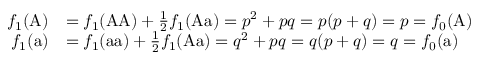
{ \begin{array} { r l } { f _ { 1 } ( { \mathrm { A } } ) } & { = f _ { 1 } ( { \mathrm { A A } } ) + { \frac { 1 } { 2 } } f _ { 1 } ( { \mathrm { A a } } ) = p ^ { 2 } + p q = p ( p + q ) = p = f _ { 0 } ( { \mathrm { A } } ) } \\ { f _ { 1 } ( { \mathrm { a } } ) } & { = f _ { 1 } ( { \mathrm { a a } } ) + { \frac { 1 } { 2 } } f _ { 1 } ( { \mathrm { A a } } ) = q ^ { 2 } + p q = q ( p + q ) = q = f _ { 0 } ( { \mathrm { a } } ) } \end{array} }